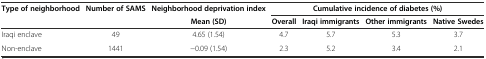
| Type of neighborhood | Number of SAMS | Neighborhood deprivation index | <COLSPAN=4> Cumulative incidence of diabetes (%) |
 |  |  | Mean (SD) | Overall | Iraqi immigrants | Other immigrants | Native Swedes |
 | --- | --- | --- | --- | --- | --- | --- |
 | Iraqi enclave | 49 | 4.65 (1.54) | 4.7 | 5.7 | 5.3 | 3.7 |
 | Non-enclave | 1441 | -0.09 (1.54) | 2.3 | 5.2 | 3.4 | 2.1 |